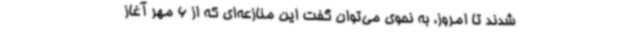
شدند تا امروز، به نحوی می‌توان گفت این منازعه‌ای که از 6 مهر آغاز